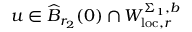
u \in \widehat { B } _ { r _ { 2 } } ( 0 ) \cap W _ { \mathrm { l o c } , r } ^ { \Sigma _ { 1 } , b }